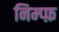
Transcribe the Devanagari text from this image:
निम्प्फ़